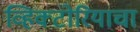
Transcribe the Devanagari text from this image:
व्हिक्टोरियाचा